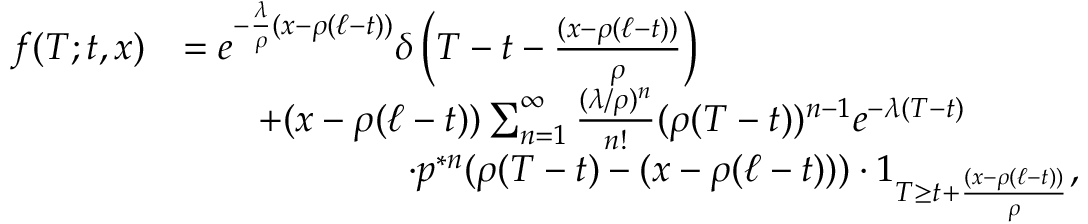
\begin{array} { r l } { f ( T ; t , x ) } & { = e ^ { - \frac { \lambda } { \rho } ( x - \rho ( \ell - t ) ) } \delta \left( T - t - \frac { ( x - \rho ( \ell - t ) ) } { \rho } \right) } \\ & { \qquad + ( x - \rho ( \ell - t ) ) \sum _ { n = 1 } ^ { \infty } \frac { ( \lambda / \rho ) ^ { n } } { n ! } ( \rho ( T - t ) ) ^ { n - 1 } e ^ { - \lambda ( T - t ) } } \\ & { \qquad \qquad \qquad \cdot p ^ { \ast n } ( \rho ( T - t ) - ( x - \rho ( \ell - t ) ) ) \cdot 1 _ { T \geq t + \frac { ( x - \rho ( \ell - t ) ) } { \rho } } , } \end{array}